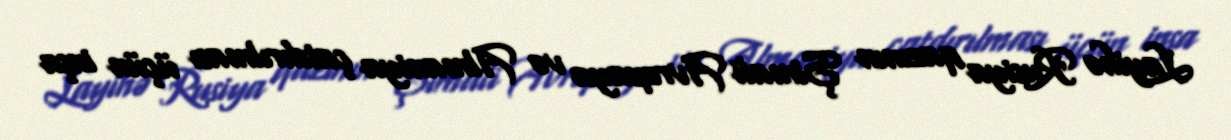
Layihə Rusiya qazının Şimali Avropaya və Almaniya çatdırılması üçün inşa